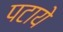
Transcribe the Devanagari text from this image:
पटाये